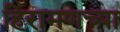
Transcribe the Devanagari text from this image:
हिरामणच्या